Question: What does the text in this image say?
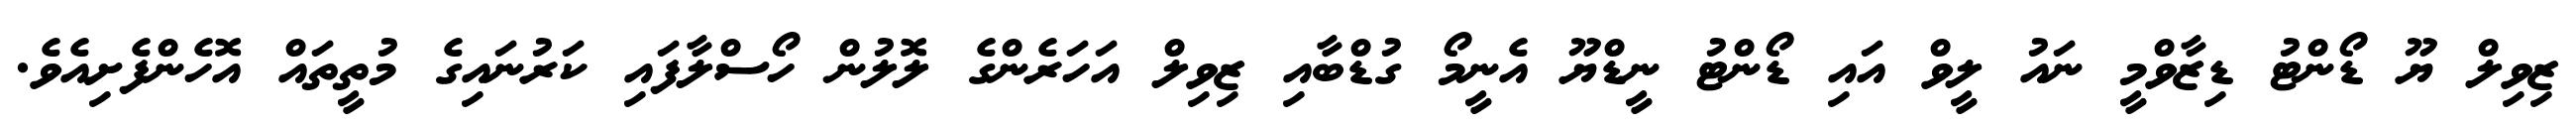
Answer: ޒިވިލް ޔޫ ޑޯންޓު ޑިޒާވްމީ ނައު ލީވް އައި ޑޯންޓު ނީޑްޔޫ އެނީމޯ ގުޑްބާއި ޒިވިލް އަހަރެންގެ ލޮލުން ހޯސްލާފައި ކަރުނައިގެ މުތީތައް އޮހެންފެށިއެވެ.